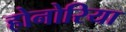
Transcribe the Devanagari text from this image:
होनोरिया